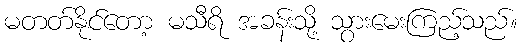
မတတ်နိုင်တော့ မသီရိ အခန်းသို့ သွားမေးကြည့်သည်။